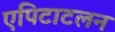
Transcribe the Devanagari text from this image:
एपिटाटलन